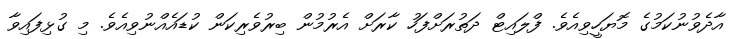
އާދެވުނުކަމުގެ މޮޔަހީވިއެވެ. ފްލައިޓް ދަތުރަށްފަހު ކާރަށް އެރުމުން ބިރުވެރިކަން ކުޑައެއްނުވިއެވެ. މި ގުޅިފައިވާ